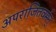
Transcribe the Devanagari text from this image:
अपराजितवर्मन्